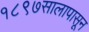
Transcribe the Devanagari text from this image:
१८९७सालापासून